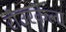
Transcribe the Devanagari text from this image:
रोउरकेला